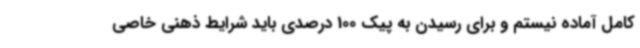
کامل آماده نیستم و برای رسیدن به پیک 100 درصدی باید شرایط ذهنی خاصی